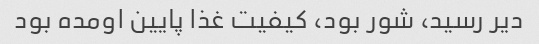
دیر رسید، شور بود، کیفیت غذا پایین اومده بود